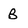
Character: B